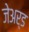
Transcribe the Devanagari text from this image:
जेअर्ड